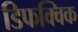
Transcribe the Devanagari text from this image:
डिफक्विक